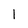
Character: 1